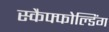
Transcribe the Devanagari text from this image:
स्कैफ्फोल्डिंग